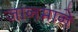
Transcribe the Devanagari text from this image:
जानमाने